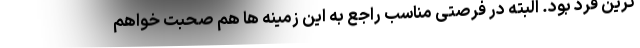
ترین فرد بود. البته در فرصتی مناسب راجع به این زمینه ها هم صحبت خواهم